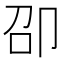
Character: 卲